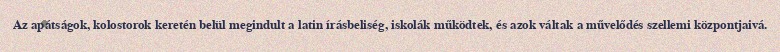
Az apátságok, kolostorok keretén belül megindult a latin írásbeliség, iskolák működtek, és azok váltak a művelődés szellemi központjaivá.